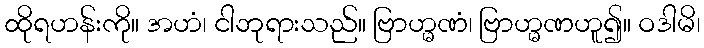
ထိုရဟန်းကို။ အဟံ၊ ငါဘုရားသည်။ ဗြာဟ္မဏံ၊ ဗြာဟ္မဏဟူ၍။ ဝဒါမိ၊